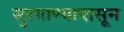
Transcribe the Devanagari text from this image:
सुरगाण्यापासून